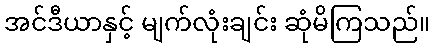
အင်ဒီယာနှင့် မျက်လုံးချင်း ဆုံမိကြသည်။